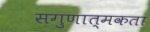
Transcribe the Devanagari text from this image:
सगुणात्मकता